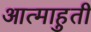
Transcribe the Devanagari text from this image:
आत्माहुती